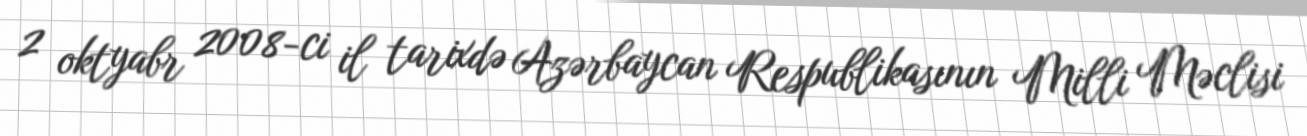
2 oktyabr 2008-ci il tarixdə Azərbaycan Respublikasının Milli Məclisi